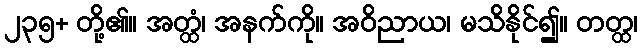
၂၃၅+ တို့၏။ အတ္ထံ၊ အနက်ကို။ အဝိညာယ၊ မသိနိုင်၍။ တတ္ထ၊